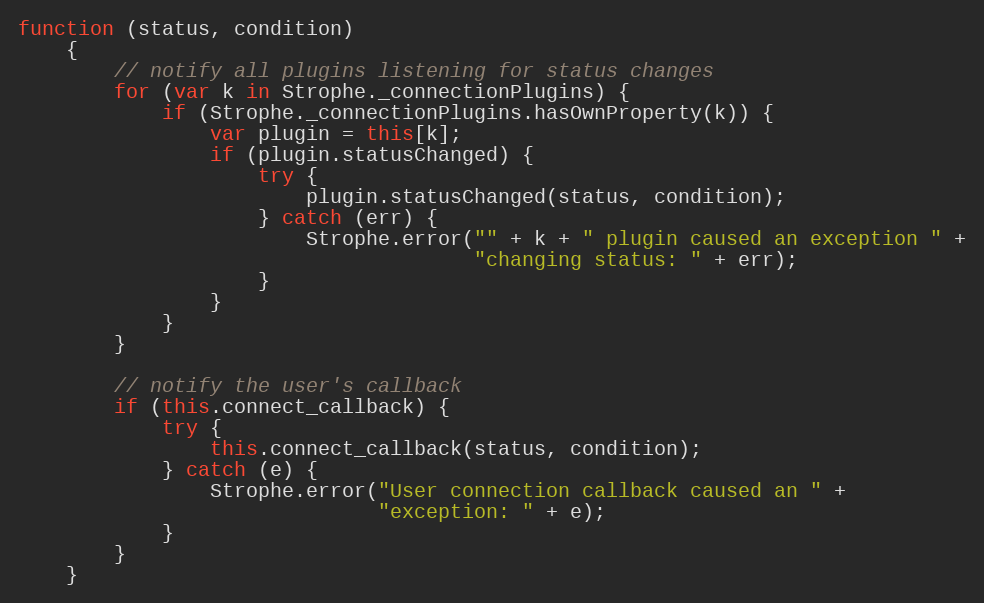
Language: JavaScript
function (status, condition)
    {
        // notify all plugins listening for status changes
        for (var k in Strophe._connectionPlugins) {
            if (Strophe._connectionPlugins.hasOwnProperty(k)) {
                var plugin = this[k];
                if (plugin.statusChanged) {
                    try {
                        plugin.statusChanged(status, condition);
                    } catch (err) {
                        Strophe.error("" + k + " plugin caused an exception " +
                                      "changing status: " + err);
                    }
                }
            }
        }

        // notify the user's callback
        if (this.connect_callback) {
            try {
                this.connect_callback(status, condition);
            } catch (e) {
                Strophe.error("User connection callback caused an " +
                              "exception: " + e);
            }
        }
    }